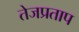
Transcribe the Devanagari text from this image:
तेजप्रताप